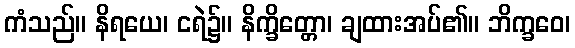
ကံသည်။ နိရယေ၊ ငရဲ၌။ နိက္ခိတ္တော၊ ချထားအပ်၏။ ဘိက္ခဝေ၊